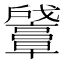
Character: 𪭛